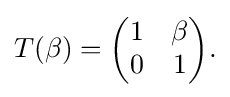
\displaystyle {T(\beta )={\begin{pmatrix}1&\beta \\0&1\end{pmatrix}}.}